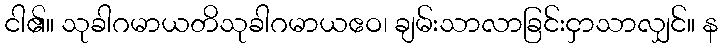
ငါ၏။ သုခါဂမာယတိသုခါဂမာယဧဝ၊ ချမ်းသာလာခြင်းငှာသာလျှင်။ န